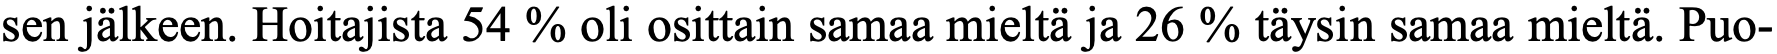
sen jälkeen. Hoitajista 54 % oli osittain samaa mieltä ja 26 % täysin samaa mieltä. Puo-